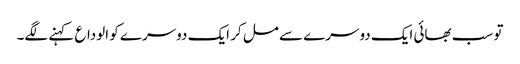
تو سب بھائی ایک دوسرے سے مل کر ایک دوسرے کو الوداع کہنے لگے۔